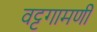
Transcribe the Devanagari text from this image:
वट्टगामणी